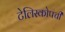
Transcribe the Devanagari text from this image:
टेलिस्कोपची